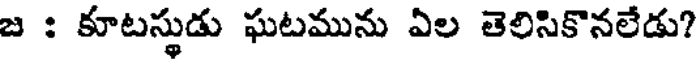
జ : కూటస్థుడు ఘటమును ఏల తెలిసికొనలేడు?